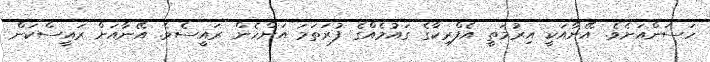
ހަސަންއަށެވެ. އޭނާއަކީ އިރުމަތީ އެފްރިކާގެ ގައުމެއްގެ ފުރަތަމަ އަންހެން ރައީސެވެ. އޭނާއަށް ރައީސްކަން